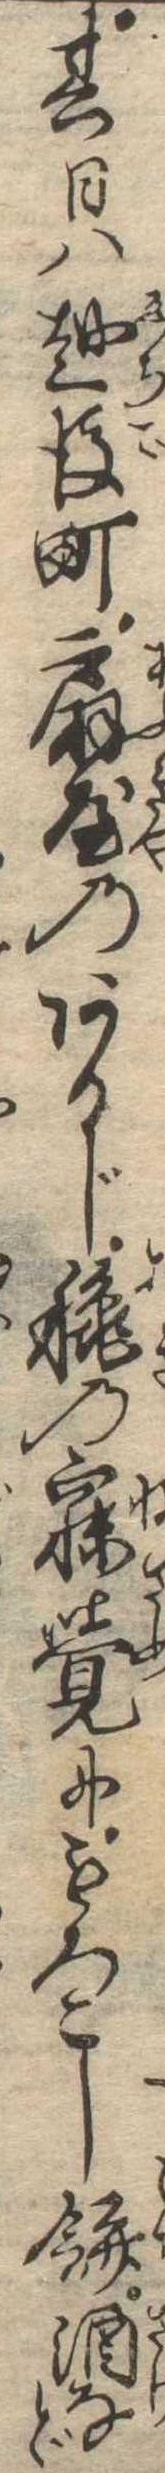
其日は越後町扇屋のあるじ秋の寐覚にもろこし餅酒など